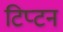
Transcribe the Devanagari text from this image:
टिप्टन